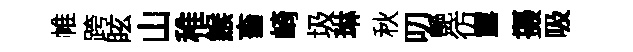
帷跨眩山稚餱畜崎圾琳秋叨艷彷露摄吸